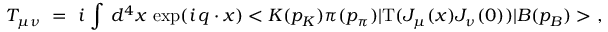
T _ { \mu \nu } ~ = ~ i \, \int \, d ^ { 4 } x \, \exp ( i \, q \cdot x ) < K ( p _ { K } ) \pi ( p _ { \pi } ) | \mathrm { T } ( J _ { \mu } ( x ) J _ { \nu } ( 0 ) ) | B ( p _ { B } ) > ~ ,